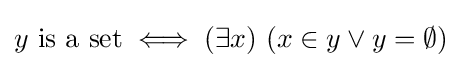
y{\text{ is a set}}\iff (\exists x)\ (x\in y\lor y=\emptyset )